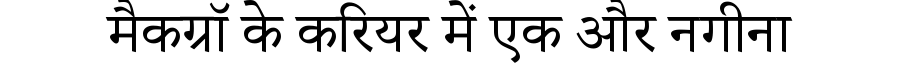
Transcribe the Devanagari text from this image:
मैकग्रॉ के करियर में एक और नगीना